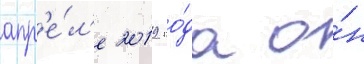
апр'е́л'е 2019 го́да о́н